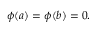
\phi ( a ) = \phi ( b ) = 0 .